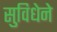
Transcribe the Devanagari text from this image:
सुविधेने